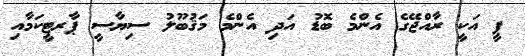
ޕީ އަކީ ރާއްޖޭގެ އެންމެ ބޮޑު އަދި އެންމެ މަޤުބޫލު ސިޔާސީ ޕާރޓީކަމާއި